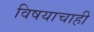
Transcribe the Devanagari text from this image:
विषयाचाही